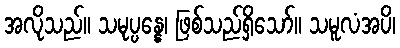
အလိုသည်။ သမုပ္ပန္နေ၊ ဖြစ်သည်ရှိသော်။ သမူလံအပိ၊